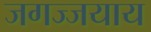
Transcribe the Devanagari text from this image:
जगज्जयाय